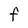
Character: F